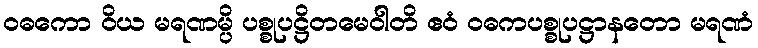
ဝဓကော ဝိယ မရဏမ္ပိ ပစ္စုပဋ္ဌိတမေဝါတိ ဧဝံ ဝဓကပစ္စုပဋ္ဌာနတော မရဏံ